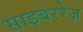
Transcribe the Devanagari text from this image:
साइबररेज़